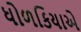
ધોળકિયાએ